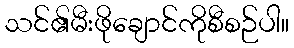
သင်၏မီးဖိုချောင်ကိုစီစဉ်ပါ။